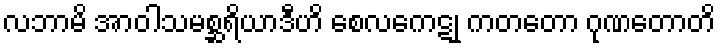
လဘာမိ အာဝါသမစ္ဆရိယာဒီဟိ စေလကေဋု ကတတော ဂုဏတောတိ